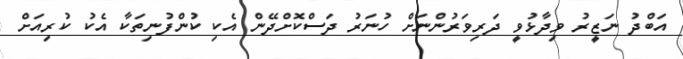
އަބްދު ނަޒީރު ވިދާޅުވީ ދަރިވަރުންނަށް ހުނަރު ދަސްކޮށްދޭން އެކި ކުންފުނިތަކާ އެކު ކުރިއަށް